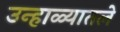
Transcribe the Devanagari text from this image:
उन्हाळ्यातले